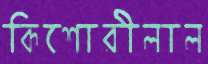
কিশোরীলাল